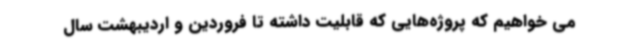
می خواهیم که پروژه‌هایی که قابلیت داشته تا فروردین و اردیبهشت سال